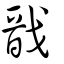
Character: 戩